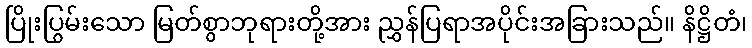
ပြိုးပြွမ်းသော မြတ်စွာဘုရားတို့အား ညွှန်ပြရာအပိုင်းအခြားသည်။ နိဋ္ဌိတံ၊